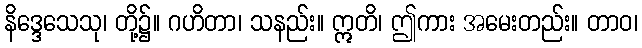
နိဒ္ဒေသေသု၊ တို့၌။ ဂဟိတာ၊ သနည်း။ ဣတိ၊ ဤကား အမေးတည်း။ တာဝ၊